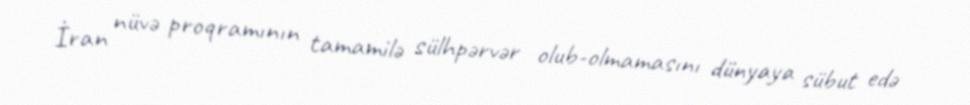
İran nüvə proqramının tamamilə sülhpərvər olub-olmamasını dünyaya sübut edə